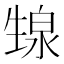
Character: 𬎺